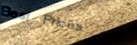
Best Prices